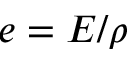
e = E / \rho